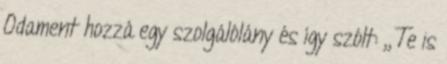
Odament hozzá egy szolgálólány és így szólt: ,,Te is